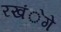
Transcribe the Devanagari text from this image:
रखंेगे